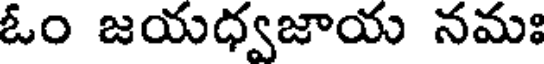
ఓం జయధ్వజాయ నమః